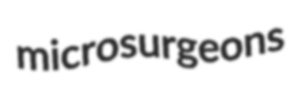
microsurgeons